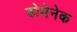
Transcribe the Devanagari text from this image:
डोमेनेक